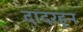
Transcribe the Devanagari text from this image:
दादरहून